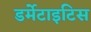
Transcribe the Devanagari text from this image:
डर्मेटाइटिस